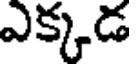
ఎక్కడ